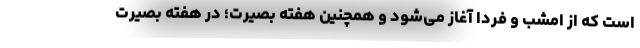
است که از امشب و فردا آغاز می‌شود و همچنین هفته بصیرت؛ در هفته بصیرت